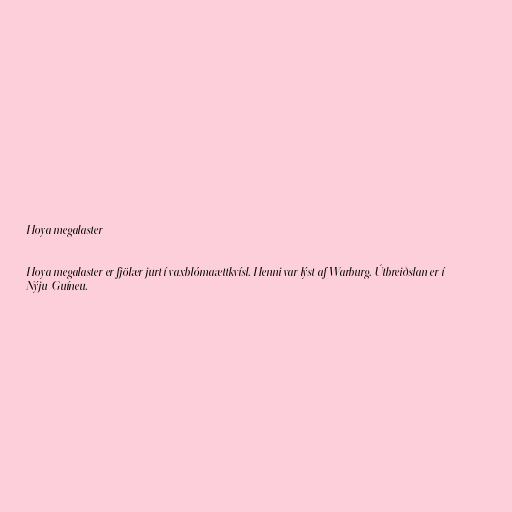
Hoya megalaster

Hoya megalaster er fjölær jurt í vaxblómaættkvísl. Henni var lýst af Warburg. Útbreiðslan er í
Nýju-Guíneu.